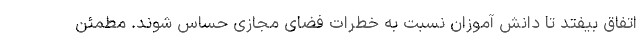
اتفاق بیفتد تا دانش آموزان نسبت به خطرات فضای مجازی حساس شوند. مطمئن